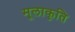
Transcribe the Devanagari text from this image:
मूलाकृति